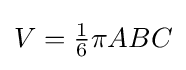
V={\tfrac {1}{6}}\pi ABC